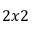
2 x 2